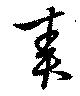
責